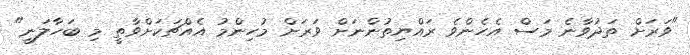
"ވަރަށް ތަދުވާނެ މަސް އެހެންވެ ރައްޔިތުންނަށް ވަރަށް މުހިންމު އެއްޗަކަށްވާތީ މި ބަހާލަނީ"